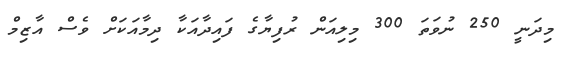
މިދަނީ 250 ނުވަތަ 300 މިލިއަން ރުފިޔާގެ ފައިދާއަކާ ދިމާއަކަށް ވެސް އާޒިމް